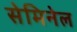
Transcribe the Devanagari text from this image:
सेमिनेल